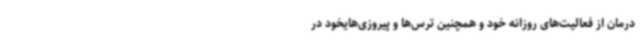
درمان از فعالیت‌های روزانه خود و همچنین ترس‌ها و پیروزی‌هایخود در